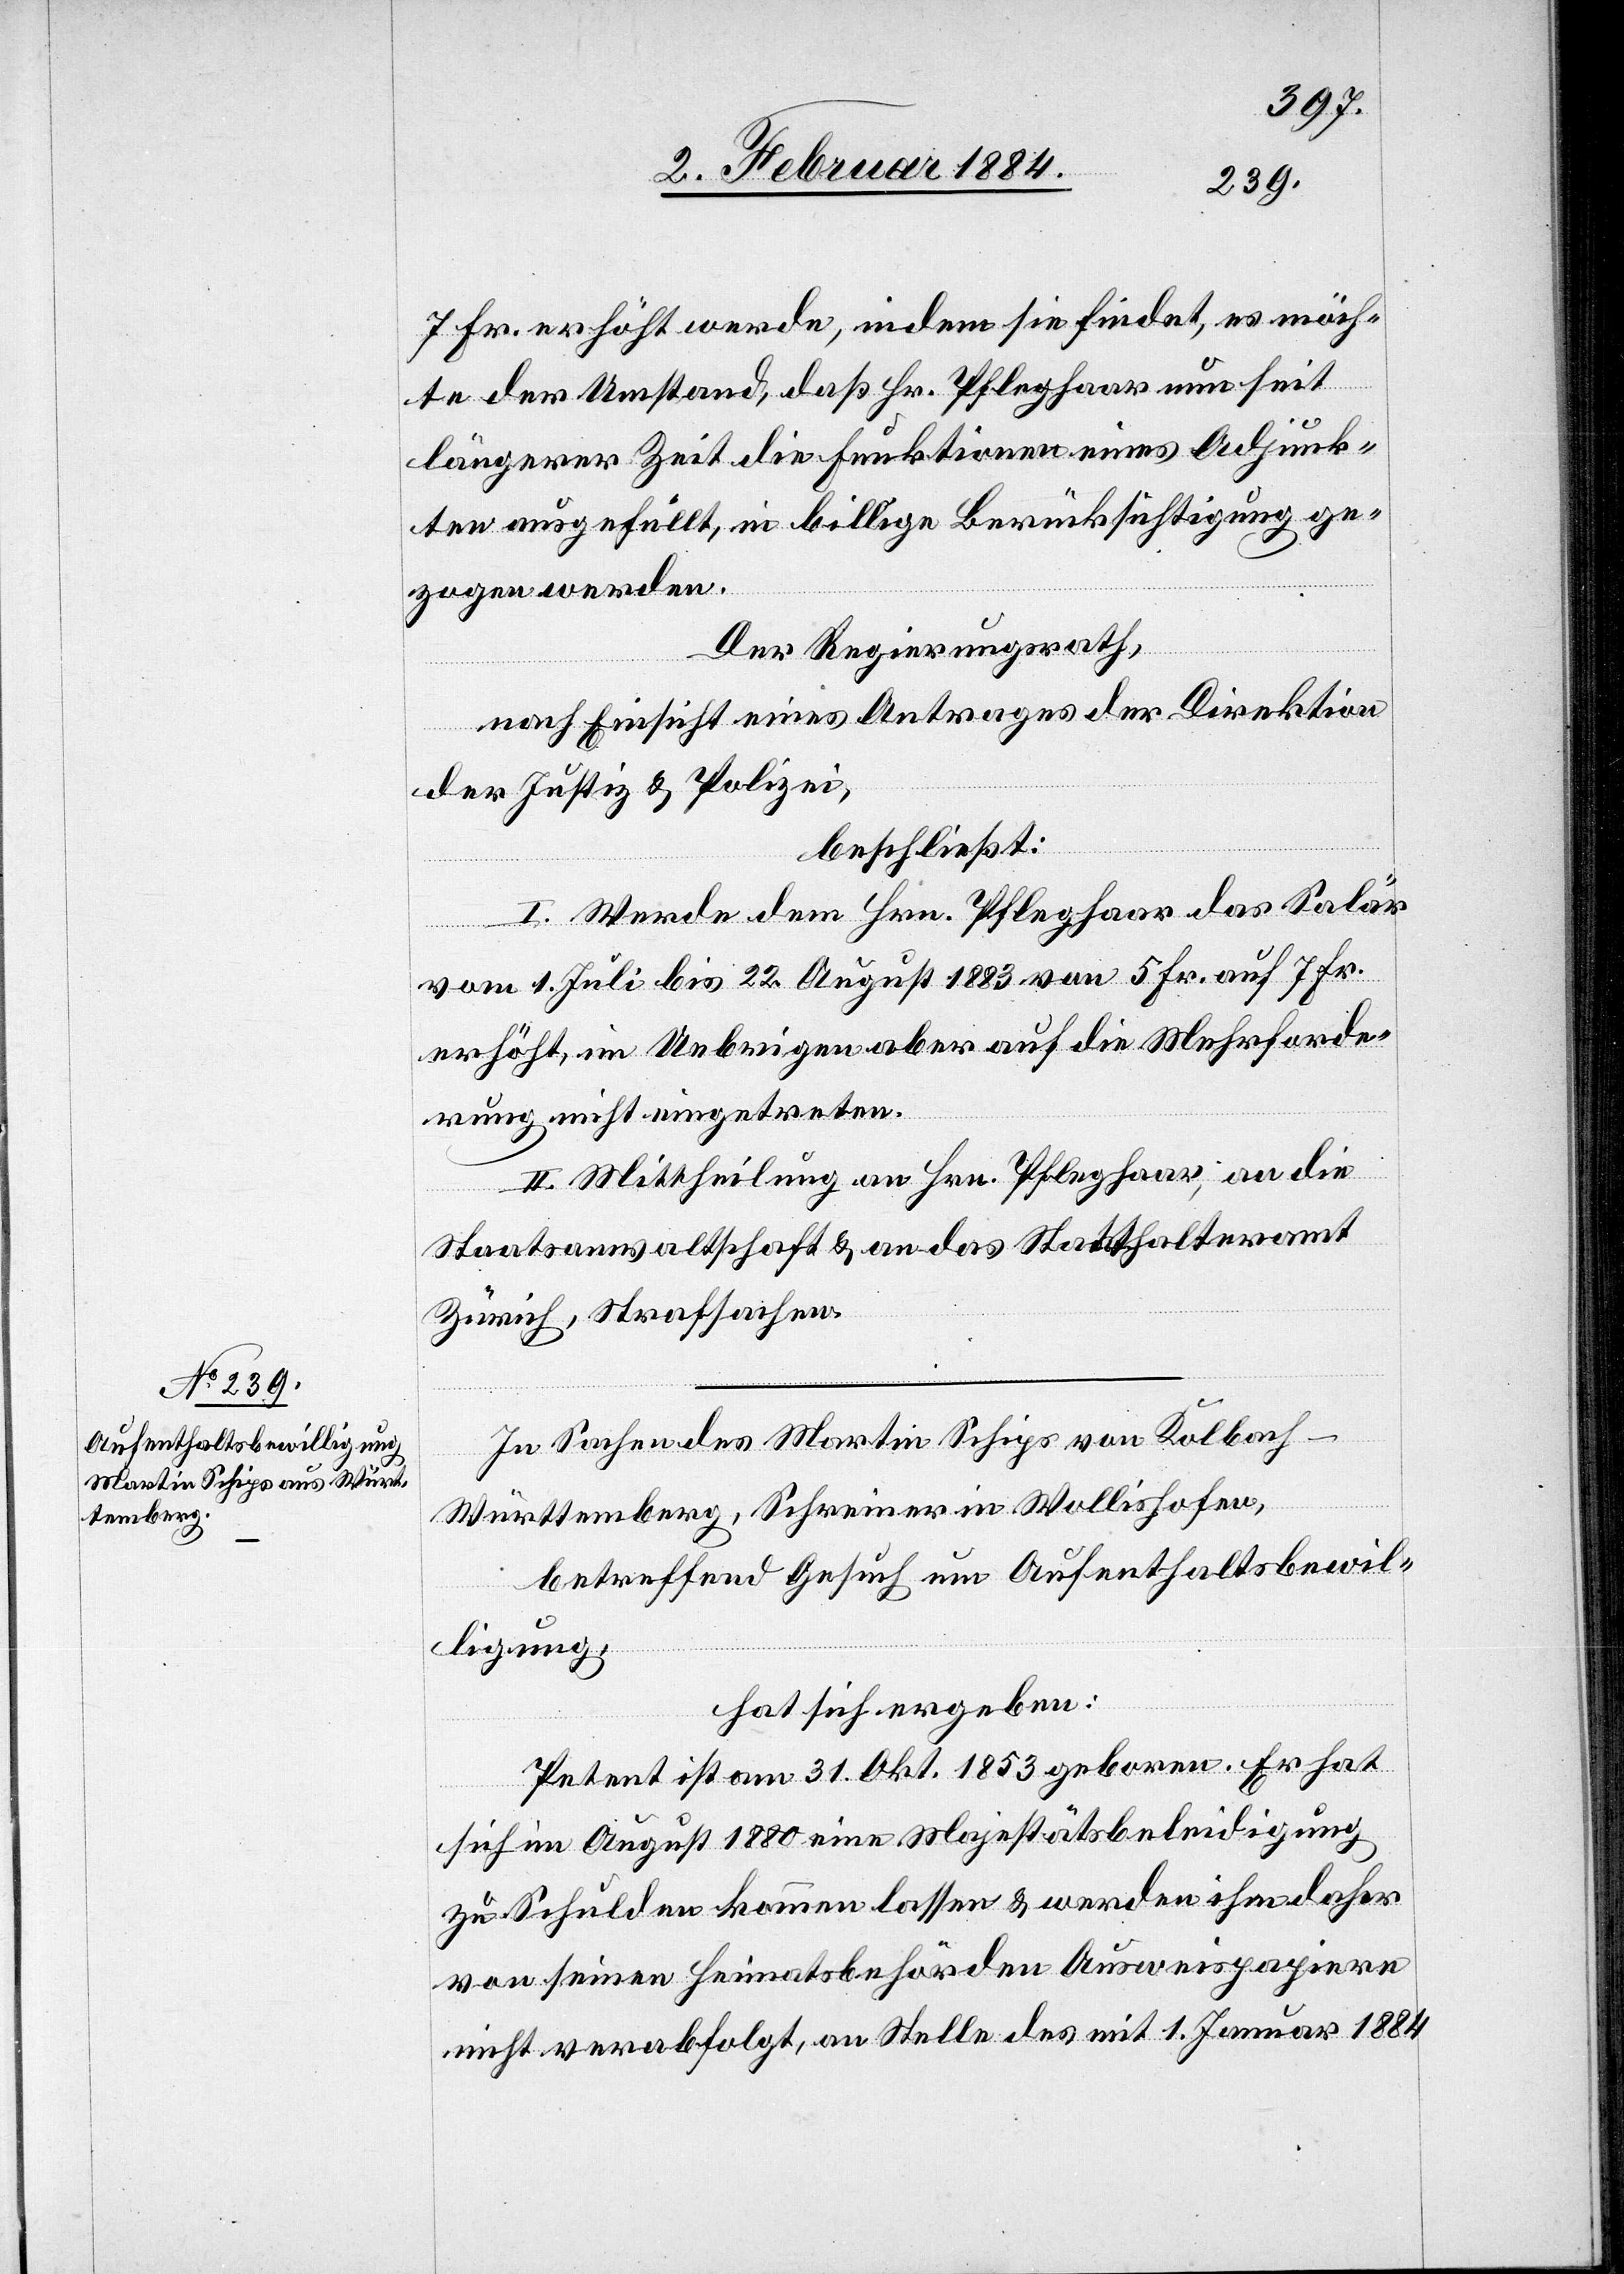
7 Fr. erhöht werde, indem sie findet, es möch¬
te der Umstand, daß Hr. Pfleghaar nun seit
längerer Zeit die Funktionen eines Adjunk¬
ten ausgefüllt, in billige Berücksichtigung ge¬
zogen werden.
Der Regierungsrath,
nach Einsicht eines Antrages der Direktion
der Justiz & Polizei,
beschließt:
I. Werde dem Hrn. Pfleghaar das Salär
vom 1. Juli bis 22. August 1883 von 5 Fr. auf 7 Fr.
erhöht, im Uebrigen aber auf die Mehrforde¬
rung nicht eingetreten.
II. Mittheilung an Hrn. Pfleghaar, an die
Staatsanwaltschaft & an das Statthalteramt
Zürich, Strafsachen.
In Sachen des Martin Schips von Kolbach
-
Württemberg, Schreiner in Wollishofen,
betreffend Gesuch um Aufenthaltsbewil¬
ligung,
hat sich ergeben:
Petent ist am 31. Okt. 1853 geboren. Er hat
sich im August 1880 eine Majestätsbeleidigung
zu Schulden kommen lassen & werden ihm daher
von seinen Heimatsbehörden Ausweispapiere
nicht verabfolgt, an Stelle des mit 1. Januar 1884